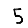
Digit: 5